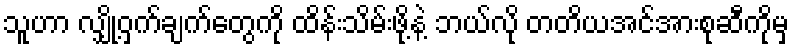
သူဟာ လျှို့ဝှက်ချက်တွေကို ထိန်းသိမ်းဖို့နဲ့ ဘယ်လို တတိယအင်အားစုဆီကိုမှ